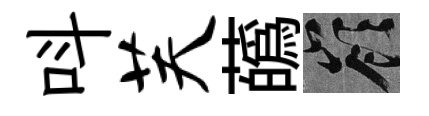
呌芙蘤嶺